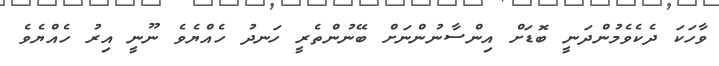
ވާހަކަ ދެކެވެމުންދަނީ ބޮޑަށް އިންސާނުންނަށް ބޭނުންތެރީ ހަނދު ހެއްޔެވެ ނޫނީ އިރު ހެއްޔެވެ